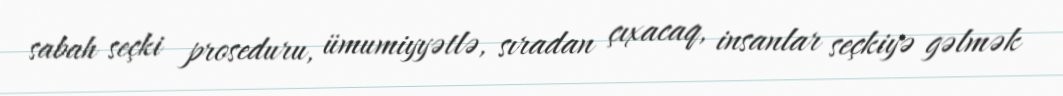
sabah seçki proseduru, ümumiyyətlə, sıradan çıxacaq, insanlar seçkiyə gəlmək